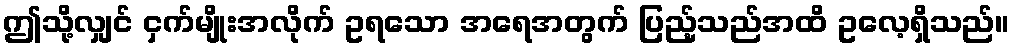
ဤသို့လျှင် ငှက်မျိုးအလိုက် ဥရသော အရေအတွက် ပြည့်သည်အထိ ဥလေ့ရှိသည်။